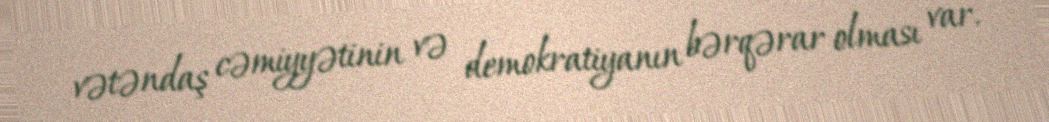
vətəndaş cəmiyyətinin və demokratiyanın bərqərar olması var.